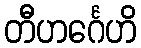
တီဟင်္ဂေဟိ